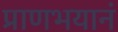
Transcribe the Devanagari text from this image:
प्राणभयानं